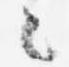
々